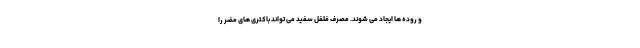
و روده ها ایجاد می شوند. مصرف فلفل سفید می تواند باکتری های مضر را